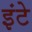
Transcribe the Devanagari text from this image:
इंटे